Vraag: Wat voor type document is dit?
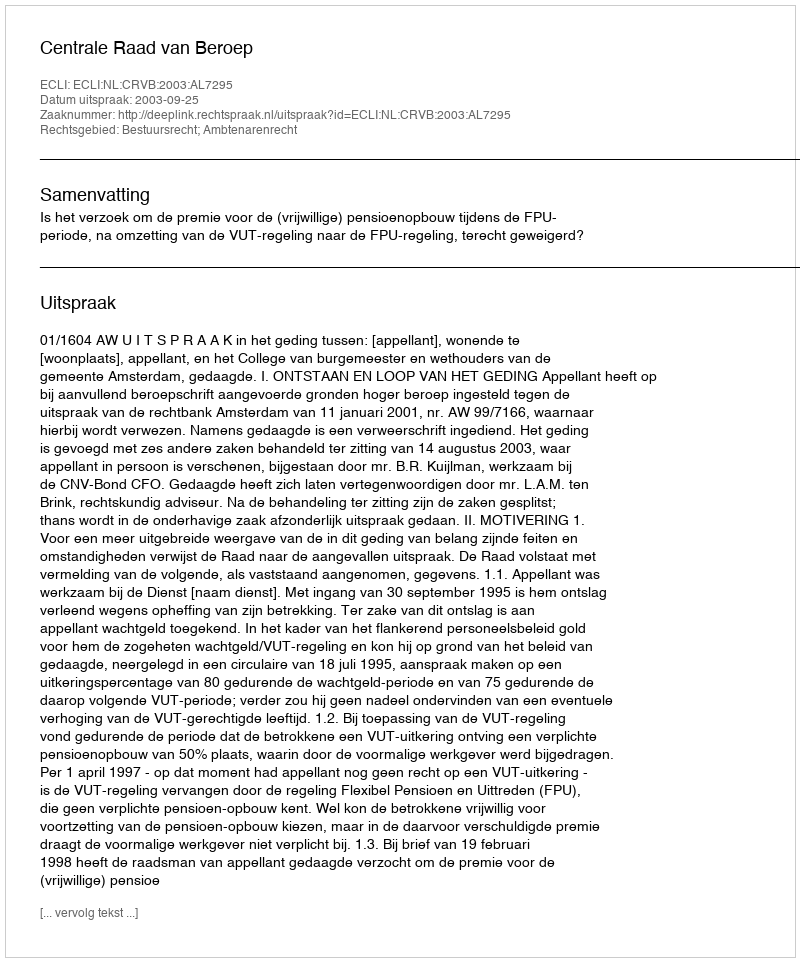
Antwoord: Uitspraak